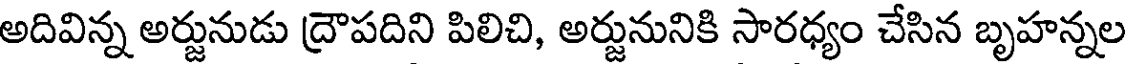
అదివిన్న అర్జునుడు ద్రౌపదిని పిలిచి, అర్జునునికి సారధ్యం చేసిన బృహన్నల